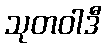
သုတဝါဒီ